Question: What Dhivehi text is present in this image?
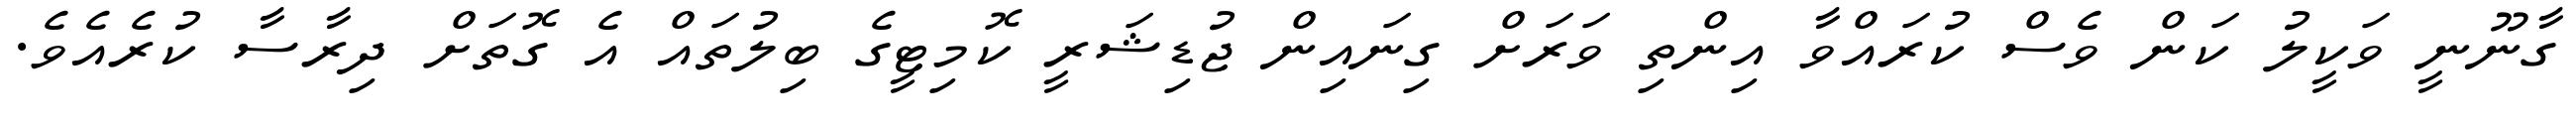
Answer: ގާނޫނީ ވަކީލު ކަން ވެސް ކުރައްވާ އިންތި ވަރަށް ގިނައިން ޖުޑިޝަރީ ކޮމިޓީގެ ބިލުތައް އެ ގޮތަށް ދިރާސާ ކުރެއެވެ.